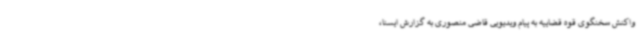
واکنش سخنگوی قوه قضاییه به پیام ویدیویی قاضی منصوری به گزارش ایسنا،